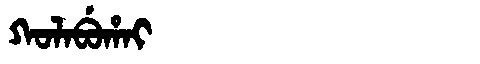
Manchu: ᡴᠣᠯᠠᠪᡠᡥᠠᡳ
Romanization: KOLABUHAI